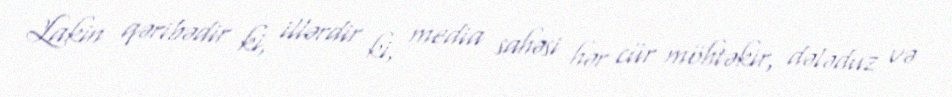
Lakin qəribədir ki, illərdir ki, media sahəsi hər cür möhtəkir, dələduz və